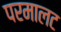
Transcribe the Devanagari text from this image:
परमालट